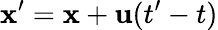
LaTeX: \textbf{x}^{\prime}=\textbf{x}+\textbf{u}(t^{\prime}-t)